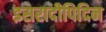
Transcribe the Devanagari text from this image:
इसरादीपिदिन